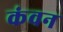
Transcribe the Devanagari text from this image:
कंवन